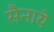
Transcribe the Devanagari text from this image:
सैनाये